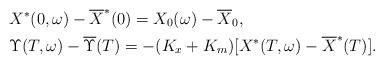
LaTeX: \begin{align*}&X^*(0,\omega)-\overline{X}^*(0)=X_0(\omega)-\overline{X}_0,\\ &\Upsilon(T,\omega)-\overline{\Upsilon}(T)=-(K_x+K_m)[X^*(T,\omega)-\overline{X}^*(T)].\end{align*}